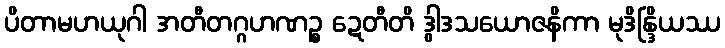
ပိတာမဟယုဂါ အတီတဂ္ဂဟဏဉ္စ ဍေတီတိ ဒွါဒသယောဇနိကာ မုဒိန္ဒြိယဿ